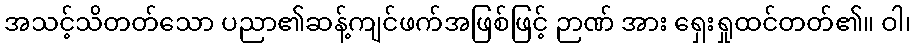
အသင့်သိတတ်သော ပညာ၏ဆန့်ကျင်ဖက်အဖြစ်ဖြင့် ဉာဏ် အား ရှေးရှုထင်တတ်၏။ ဝါ၊